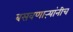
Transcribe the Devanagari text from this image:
बसवणाऱ्यांनीच